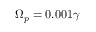
{ \Omega _ { p } } = 0 . 0 0 1 \gamma